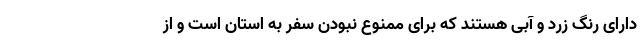
دارای رنگ زرد و آبی هستند که برای ممنوع نبودن سفر به استان است و از